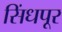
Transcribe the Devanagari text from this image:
सिंधपूर